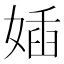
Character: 㛼